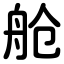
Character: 舱